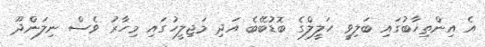
އެ އިންތިޚާބުގައި ބަލިވީ ހަލީލްގެ ބޮޑުބޭބެ އަދި މަޖިލީހުގައި މިހާރު ވެސް ނިލަންދޫ